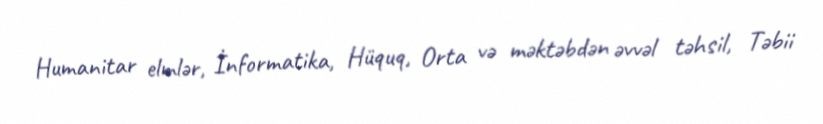
Humanitar elmlər, İnformatika, Hüquq, Orta və məktəbdən əvvəl təhsil, Təbii